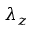
\lambda _ { z }